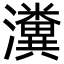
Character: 瀵